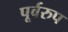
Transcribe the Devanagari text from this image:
पूर्वरुप